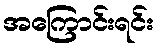
အကြောင်းရင်း